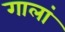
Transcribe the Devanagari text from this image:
गालां